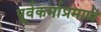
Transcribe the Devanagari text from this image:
पूर्वकर्माप्रमाणे